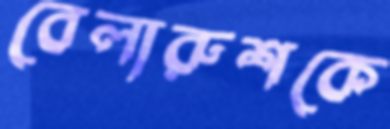
বেলারুশকে